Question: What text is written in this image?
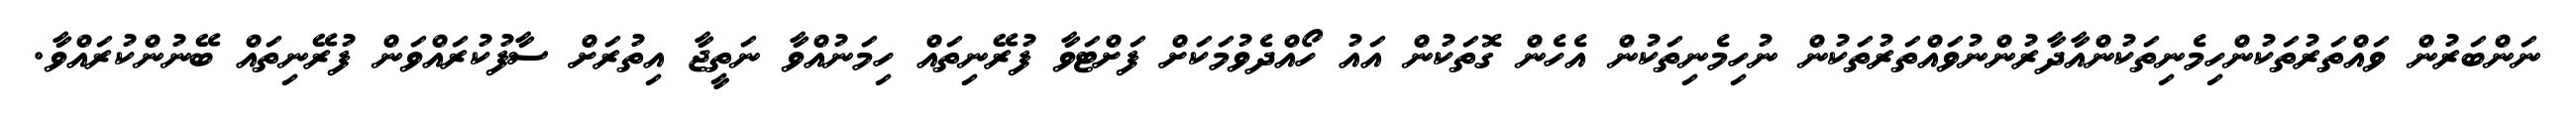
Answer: ނަންބަރުން ވައްތަރުތަކުންހިމެނިތަކުންއާދާރުންނުވައްތަރުތަކުން ނުހިމެނިތަކުން އެހެން ގޮތަކުން އައު ހޯއްދެވުމަކަށް ފަށްޓަވާ ފުރޭނިތައް ހިމަނުއްވާ ނަތީޖާ އިތުރަށް ސާފުކުރައްވަން ފުރޭނިތައް ބޭނުންކުރައްވާ.